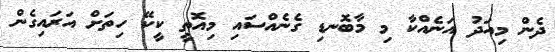
ދެން މިއަދު އަނެއްކާ މި މާބޮނޑި ގެނެއްސައި މިއޮތީ ކީކޭ ހިތަށް އަރައިގެން